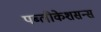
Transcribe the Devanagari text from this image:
पब्लीकेशसन्स